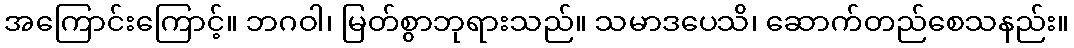
အကြောင်းကြောင့်။ ဘဂဝါ၊ မြတ်စွာဘုရားသည်။ သမာဒပေသိ၊ ဆောက်တည်စေသနည်း။